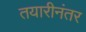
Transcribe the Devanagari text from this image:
तयारीनंतर